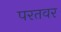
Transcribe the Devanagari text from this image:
परतवर